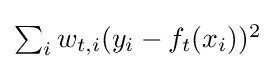
{\textstyle \sum _{i}w_{t,i}(y_{i}-f_{t}(x_{i}))^{2}}